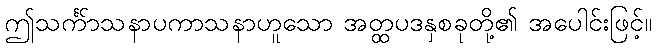
ဤသင်္ကာသနာပကာသနာဟူသော အတ္ထပဒနှစ်ခုတို့၏ အပေါင်းဖြင့်။